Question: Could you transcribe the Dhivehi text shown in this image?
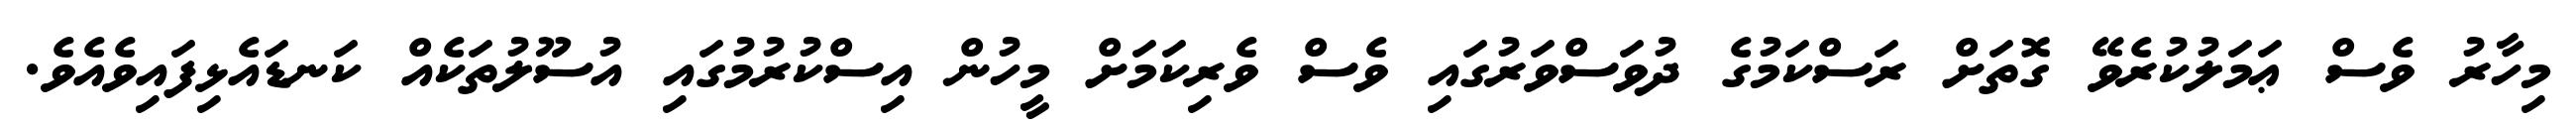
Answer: މިހާރު ވެސް ޢަމަލުކުރެވޭ ގޮތަށް ރަސްކަމުގެ ދުވަސްވަރުގައި ވެސް ވެރިކަމަށް މީހުން އިސްކުރުމުގައި އުސޫލުތަކެއް ކަނޑައެޅިފައިވެއެވެ.